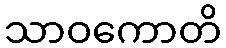
သာဝကောတိ